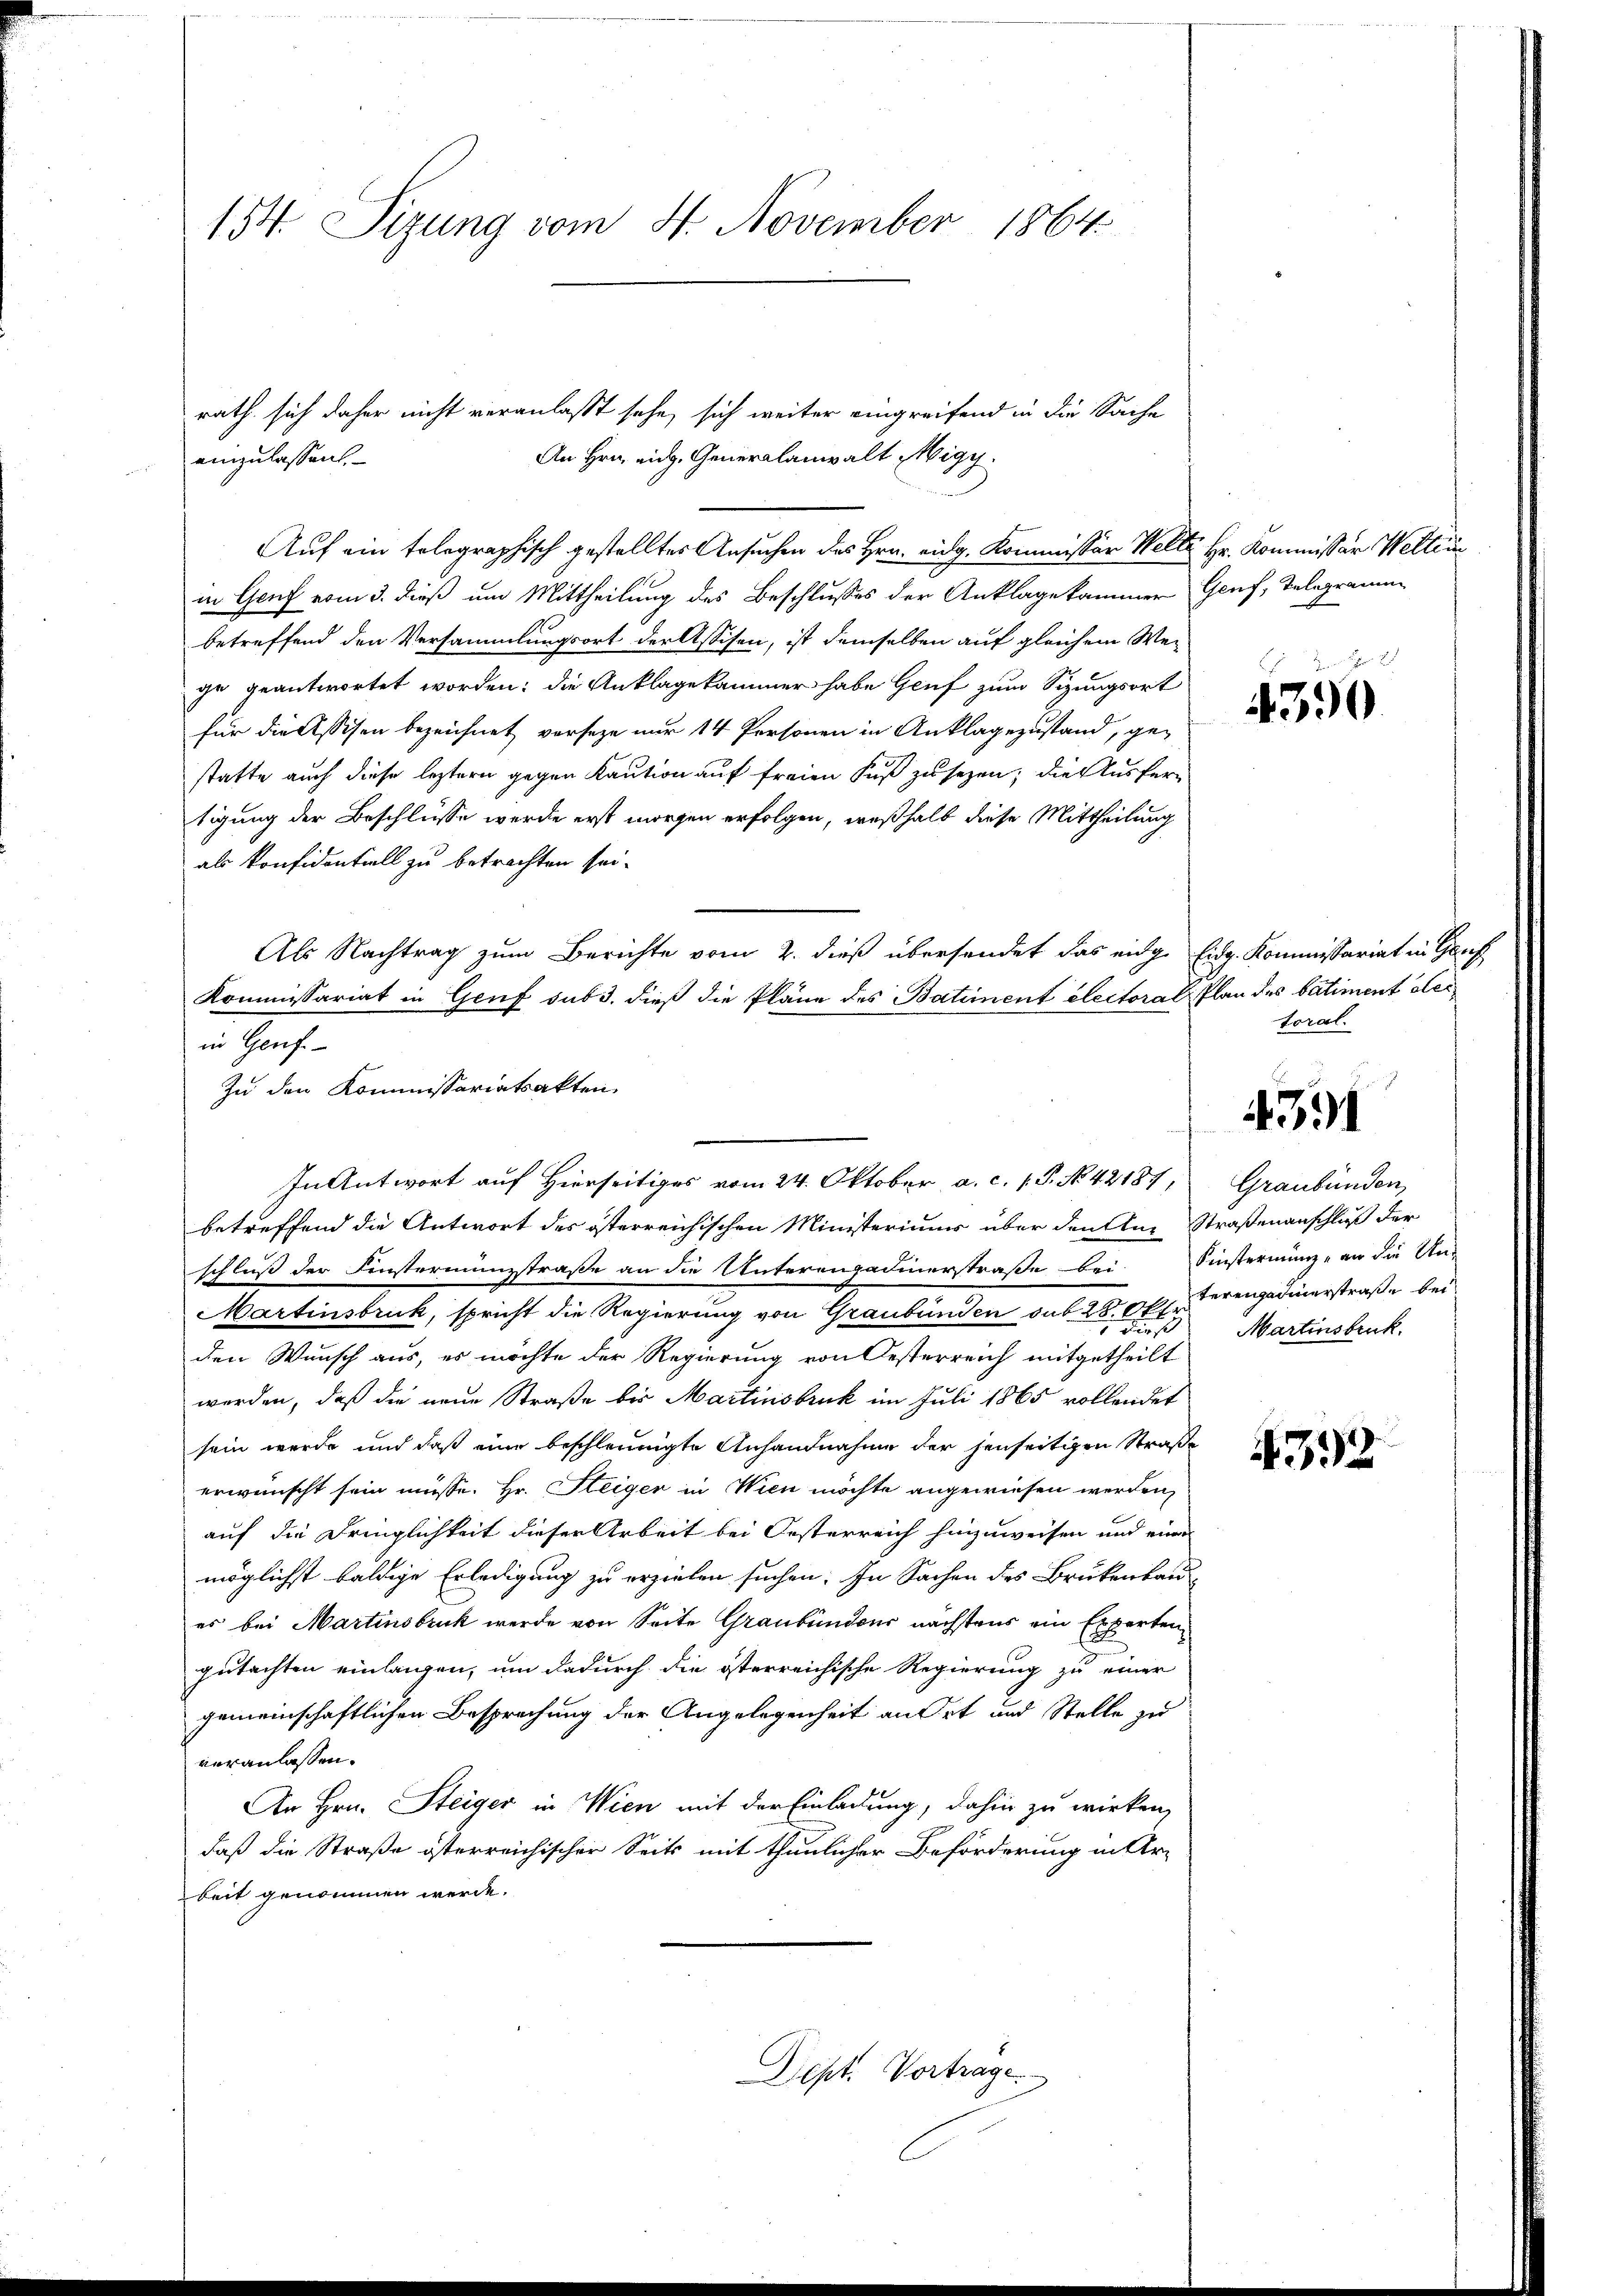
154. Sizung vom 4. November 1864.

rath sich daher nicht veranlaßt sehe, sich weiter eingreifend in die Sache
An Hrn. eidg. Generalanwalt Migy.
Auf ein telegraphisch gestelltes Ansuchen des Hrn. eidg. Kommissär Welte Hr. Kommissär Welträin Genf vom 3. dieß um Mittheilung des Beschlusses der Anklage kammer Genf, Telegramm
betreffend den Versammlungsort der Assisen, ist demselben auf gleichen Wei
ge geantwortet worden: die Anklagekammer habe Genf zum Sizungsort
für die Assisen bezeichnet vorsehe nur 14 Personen in Anklagezustand, ge-
statte auch diese leztern gegen Kaution auf freien Fuß zu sezen; die Ausfertigung der Beschlüsse werde erst morgen erfolgen, weßhalb diese Mittheilung
als Konfidentiell zu betrachten sei.
Als Nachtrag zum Berichte vom 2. dieß übersendet das eidge Eidg. Kommissariat in Genf
Kommissariat in Genf sub 3. dieß die Pläne des Batiment electoral Plan des batiment derin Genf.
Zu den Kommissariatsakten.
In Antwort auf Hierseitiges vom 24. Oktober a. c. 1 P. N. 42181, Graubünden,
betreffend die Antwort des österreichischen Ministeriums über den Aus Straßenanschluß der
schluß der Finstermanzstraße an die Unterengadinerstraße bei Einstermanz, an die Un-
Martinsbruk, spricht die Regierung von Graubünden sub 2800. erengadinerstraße bei
den Wunsch aus, es möchte der Regierung von Oesterreich mitgetheilt
werden, daß die neue Straße bis Martinsbruk im Juli 1865 vollendet
sein werde und daß eine beschleunigte Anhandnahme der jenseitigen Straße
erwünscht sein müsse. Hr. Steiger in Wien möchte angewiesen werden,
auf die Dringlichkeit dieser Arbeit bei Oesterreich hinzuweisen und eine
möglichst baldige Erledigung zu erzielen suchen. In Sachen des Brükenbau
es bei Martinsbruk werde von Seite Graubündeur nächstens ein Experten
gutachten einlangen, um dadurch die österreichische Regierung zu einer
gemeinschaftlichen Besprechung der Angelegenheit an Ort und Stelle zu
veranlassen.
An Hrn. Steiger in Wien mit der Einladung, dahin zu wirken,
daß die Straße österreichischer Seits mit thunlicher Beförderung in Ar-
beit genommen werde.
Dept. Vortrage.

einzulassen.

4390

toral.

4391

Martinsbruck.

4392